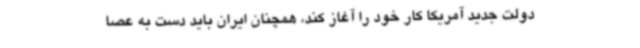
دولت جدید آمریکا کار خود را آغاز کند، همچنان ایران باید دست به عصا